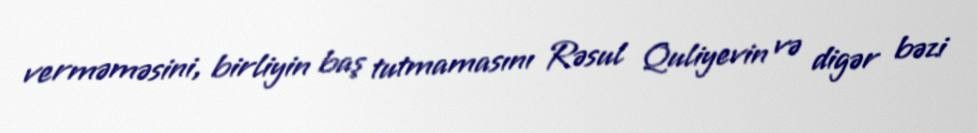
verməməsini, birliyin baş tutmamasını Rəsul Quliyevin və digər bəzi